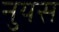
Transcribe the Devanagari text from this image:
नुयस